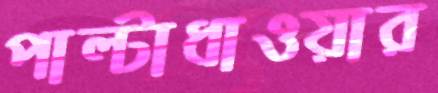
পাল্টাধাওয়ার